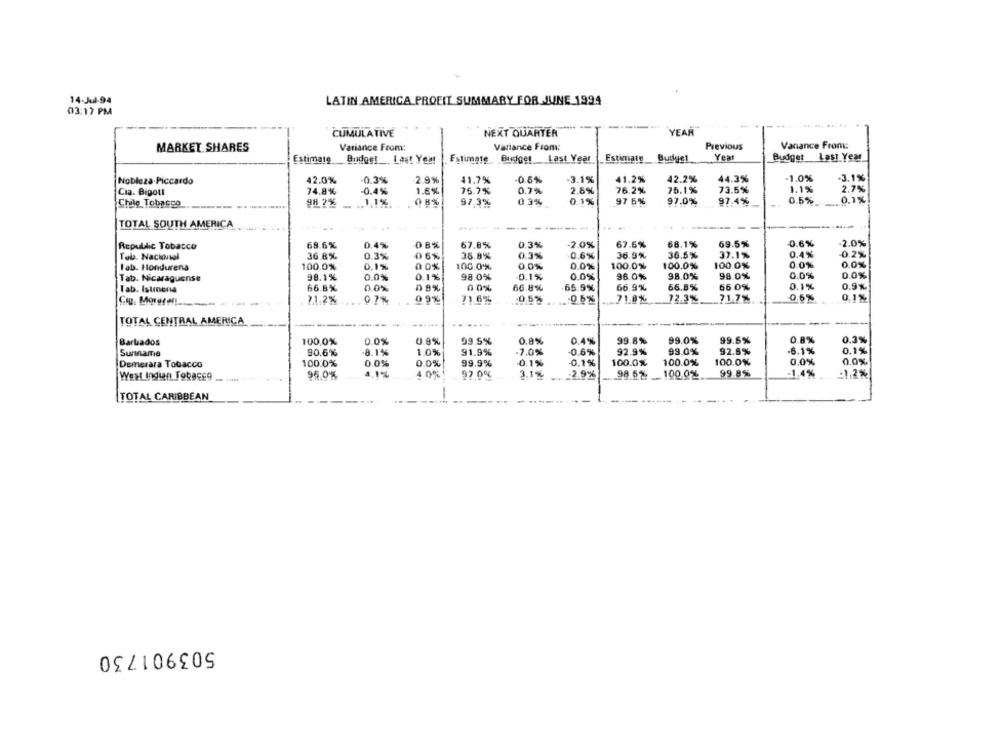
14-Jul-94
LATIN AMERICA PROFIT SUMMARY FOR JUNE 1994
03:17 PM
CUMULATIVE
NEXT QUARTER
YEAR
MARKET SHARES
Variance From:
Variance From:
Previous
Variance From:
Estimate
Estimate
Budget
Year
Budget Last Year
Budget Last Year
Estimate Budget
Last Year
Nobleza-Piccardo
42.0%
0.3%
2.9%
41.7%
0.6%
.3.1%
41.2%
42.2%
44.3%
-1.0%
.3.1%
75.1%
73.5%
1.1%
2.7%
Cia. Bigoti
74.8%
0.4%
1.6%
75.7%
0.7%
2.8%
76.2%
Chile Tobacco
9H 2%
1,1%
08%
97.37:
03%
0.1%
97 6%
97.0%
97.4%
0.5%
0,1%
TOTAL SOUTH AMERICA
0.6%
Republic Tobacco
68.6%
0.4%
67.8%
0.3%
2.0%
67.6%
68.1%
69.5%
2.0%
Tab. Nacional
36.8%
0.3%
06%
38.8%
0.3%
0.6%
36.9%
36.5%
37.1%
0.4%
0.2%
100.0%
0.1%
0.0%
0.0%
100.0%
100.0%
100.0%
0.0%
0.0%
lab. Hondurena
0 0%
100.0%
Tab. Nicaraguense
98.1%
0.0%
0.1%
98.0%
0.1%
0.0%
98.0%
98.0%
98.0%
0.0%
0.0%
66.8%
0.0%
09%
00%
66.8%
66.9%
66.8%
66.0%
0.1%
0.9%
Tab. Istmnena
65.9%
7.1.2%
0 7%
09%
71,6%
71.8%
71.7%
0,6%
0.1%
TOTAL CENTRAL AMERICA
0.0%
99.8%
99.0%
99.6%
0.8%
0.3%
Barbados
100.0%
0.9%
09.5%
0.8%
0.4%
Suriname
90.6%
8.1%
1.0%
91.9%
-7.0%
0.6%
92.9%
99.0%
92.8%
6.1%
0.1%
Demerara Tobacco
100.0%
0.0%
0.0%
99.9%
0.1%
0.1%
100.0%
100.0%
100.0%
0.0%
0,0%
West Indian Tobacco
95.0%
4,1%
4 0%
97.0%
3.1%
.... . 2.9%
98 62.
100.0%
99.8%
-1.4%
:1.2%
TOTAL CARIBBEAN
-
503901730